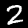
Digit: 2